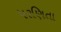
પરણિતા